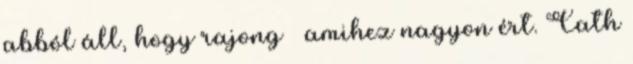
abból áll, hogy rajong – amihez nagyon ért. Cath